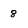
Character: 8